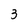
Character: 3